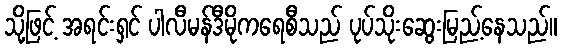
သို့ဖြင့် အရင်းရှင် ပါလီမန်ဒီမိုကရေစီသည် ပုပ်သိုးဆွေးမြည့်နေသည်။